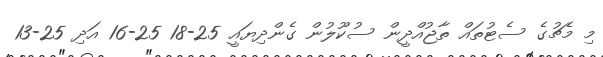
މި މެޗުގެ ސެޓުތައް ތާޖުއްދީން ސުކޫލުން ގެންދިޔައީ 25-18 25-16 އަދި 25-13